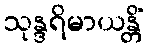
သုန္ဒရိမာယန္တိံ